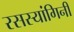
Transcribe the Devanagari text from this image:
रसस्यांगिनी